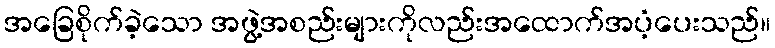
အခြေစိုက်ခဲ့သော အဖွဲ့အစည်းများကိုလည်းအထောက်အပံ့ပေးသည်။